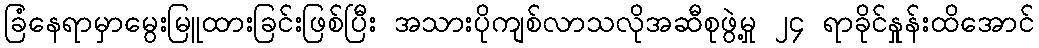
ခြံနေရာမှာမွေးမြူထားခြင်းဖြစ်ပြီး အသားပိုကျစ်လာသလိုအဆီစုဖွဲ့မှု ၂၄ ရာခိုင်နှုန်းထိအောင်